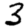
Digit: 3